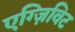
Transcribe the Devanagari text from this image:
एग्ज़िविट